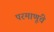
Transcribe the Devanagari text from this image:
परमाणूंचे